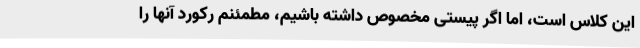
این کلاس است، اما اگر پیستی مخصوص داشته باشیم، مطمئنم رکورد آنها را